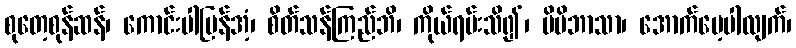
စုတေ့စုန်ဆန်၊ ကောင်းပါပြန်အံ့၊ စိတ်သန်ကြည်ဘိ၊ ကိုယ်ရမ်းသိ၍၊ မိမိဘာသာ၊ အောက်မေ့ပါလျက်၊